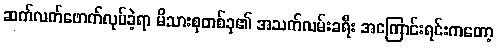
ဆက်လက်ဖောက်လုပ်ခဲ့ရာ မိသားစုတစ်ခု၏ အသက်လမ်းခရီး အကြောင်းရင်းကတော့